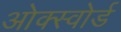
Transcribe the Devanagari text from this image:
ओक्स्वोर्ड